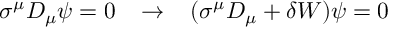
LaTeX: \sigma ^ { \mu } D _ { \mu } \psi = 0 \; \; \; \rightarrow \; \; \; ( \sigma ^ { \mu } D _ { \mu } + \delta W ) \psi = 0